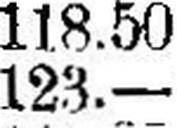
123.—